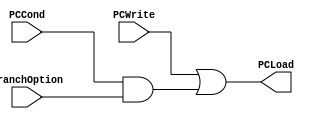
module PCLoadBox (
    input wire PCWrite,
    input wire PCCond,
    input wire BranchOption,
    output wire PCLoad
);
    assign PCLoad = PCWrite | (PCCond & BranchOption);
endmodule